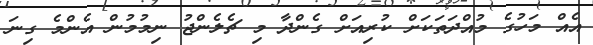
އެއް މަހުގެ މުއްދަތަކަށް ކުރިއަށް ގެންދާ މި ޗެލެންޖު ނިމުމުން އެންމެ ގިނަ